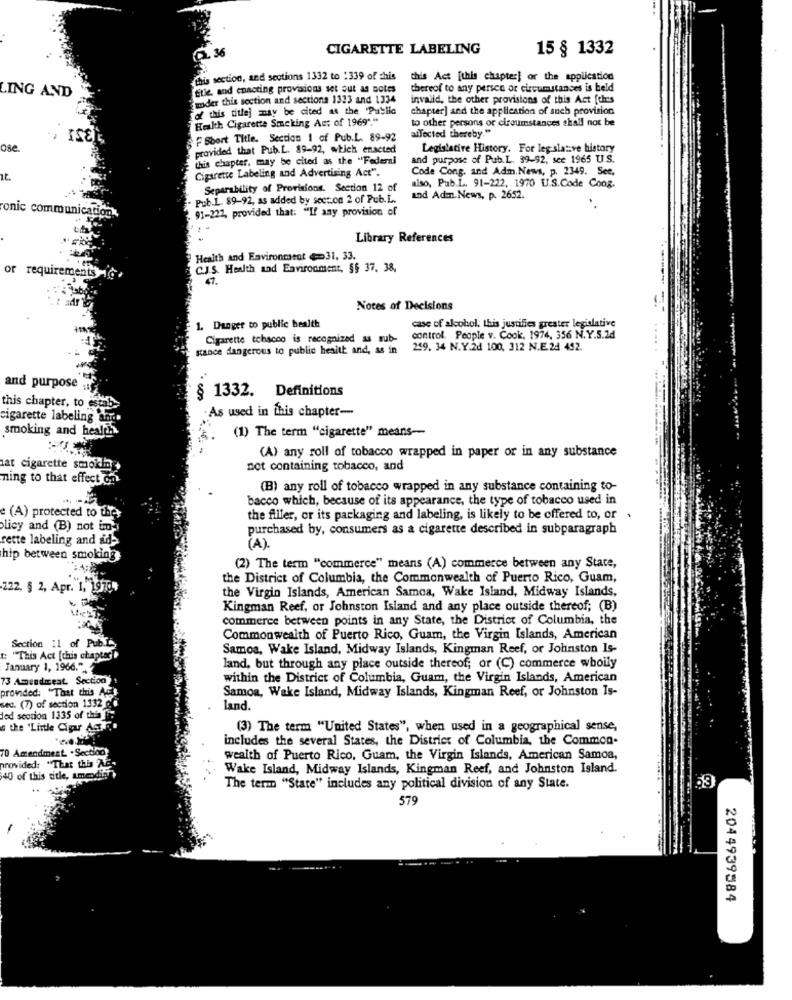
CIGARETTE LABELING
15 § 1332
36
this section, and sections 1332 to :339 of this
this Act [this chapter] or the application
title and enacting provisions set out as notes
thereof to any persce or circumstances is beld
LING AND
moder this section and sections 1323 and 1334
invalid, the other provisions of this Act [this
of this title] may be cited at the 'Pubile
chapter] and the application of such provision
Health Cigarette Smoking Act of 1969"."
to other persons or circumstances shall not be
ISE
Short Title. Section 1 of Pub.L. 89-92
affected thereby."
ose
provided that Pub.L. 89-92, which enacted
Legislative History. For legislative history
this chapter, may be cited as the "Federal
and purpose of Pub.L. 39-92, see 1965 U.S.
Code Cong. and Adm.News, p. 2349. See,
Cigarette Labeling and Advertising Act".
Separability of Provisions. Section 12 of
also, Pub.L. 91-222, 1970 U.S.Code Cong.
- Pub.1. 89-92, as added by section 2 of Pub.L.
and Adm.News, p. 2652.
91-222, provided that: "If any provision of
onic communication
Library References
Health and Environment 31, 33.
C.J.S. Health and Environment, 55 37. 38.
or requirements
47.
Notes of Decisions
1. Danger to public health
case of alcohol. this justifies greater legislative
Cigarette tobacco is recognized as sub-
control. People v. Cook. 1974, 356 N.Y.S.2d
stance dangerous to public health and, as in
259. 34 N.Y.2d 100, 312 N.E.24 452.
and purpose
§ 1332. Definitions
this chapter, to estab
As used in this chapter-
cigarette labeling an
smoking and health
(1) The term "cigarette" means-
(A) any roll of tobacco wrapped in paper or in any substance
sat cigarette smoking
not containing tobacco, and
ning to that effect on
(B) any roll of tobacco wrapped in any substance containing to-
bacco which, because of its appearance, the type of tobacco used in
e (A) protected to the
the filler, or its packaging and labeling, is likely to be offered to, or
licy and (B) not im-
purchased by, consumers as a cigarette described in subparagraph
rette labeling and ad-
(A).
hip between smoking
(2) The term "commerce" means (A) commerce between any State,
the District of Columbia, the Commonwealth of Puerto Rico, Guam,
222, § 2, Apr. 1, 19704
the Virgin Islands, American Samoa, Wake Island, Midway Islands,
Kingman Reef, or Johnston Island and any place outside thereof; (B)
commerce between points in any State, the District of Columbia, the
Section 11 of Pub.L
Commonwealth of Puerto Rico, Guam, the Virgin Islands, American
Samoa, Wake Island, Midway Islands, Kingman Reef, or Johnston Is-
t: "This Act [this chapter")
January 1, 1966."
land, but through any place outside thereof; or (C) commerce whoily
3 Amendmeat, Section
within the District of Columbia, Guam, the Virgin Islands, American
provided: "That this Act
Samoa, Wake Island, Midway Islands, Kingman Reef, or Johnston Is-
sec. (7) of section 1332 of
land.
ded section 1335 of the .
the 'Lintle Cipu
(3) The term "United States", when used in a geographical sense,
includes the several States, the District of Columbia, the Common-
70 Amendment .Se
provided: "That this
wealth of Puerto Rico, Guam, the Virgin Islands, American Samoa,
Wake Island, Midway Islands, Kingman Reef, and Johnston Island.
40 of this title, am
The term "State" includes any political division of any State.
53
579
2044939584